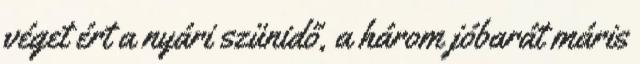
véget ért a nyári szünidő, a három jóbarát máris